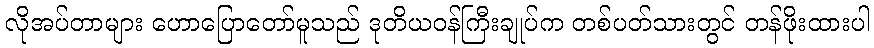
လိုအပ်တာများ ဟောပြောတော်မူသည် ဒုတိယဝန်ကြီးချုပ်က တစ်ပတ်သားတွင် တန်ဖိုးထားပါ